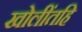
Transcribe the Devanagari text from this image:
खोलींतहि